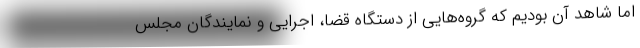
اما شاهد آن بودیم که گروه‌هایی از دستگاه قضا، اجرایی و نمایندگان مجلس